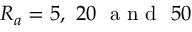
R _ { a } = 5 , ~ 2 0 ~ \mathrm { ~ a ~ n ~ d ~ } ~ 5 0